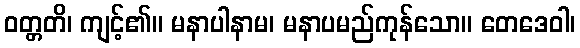
ဝတ္တတိ၊ ကျင့်၏။ မနာပါနာမ၊ မနာပမည်ကုန်သော။ တေဒေဝါ၊